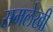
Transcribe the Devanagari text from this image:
समलेखी